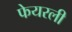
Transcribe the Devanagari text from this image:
फेयरली